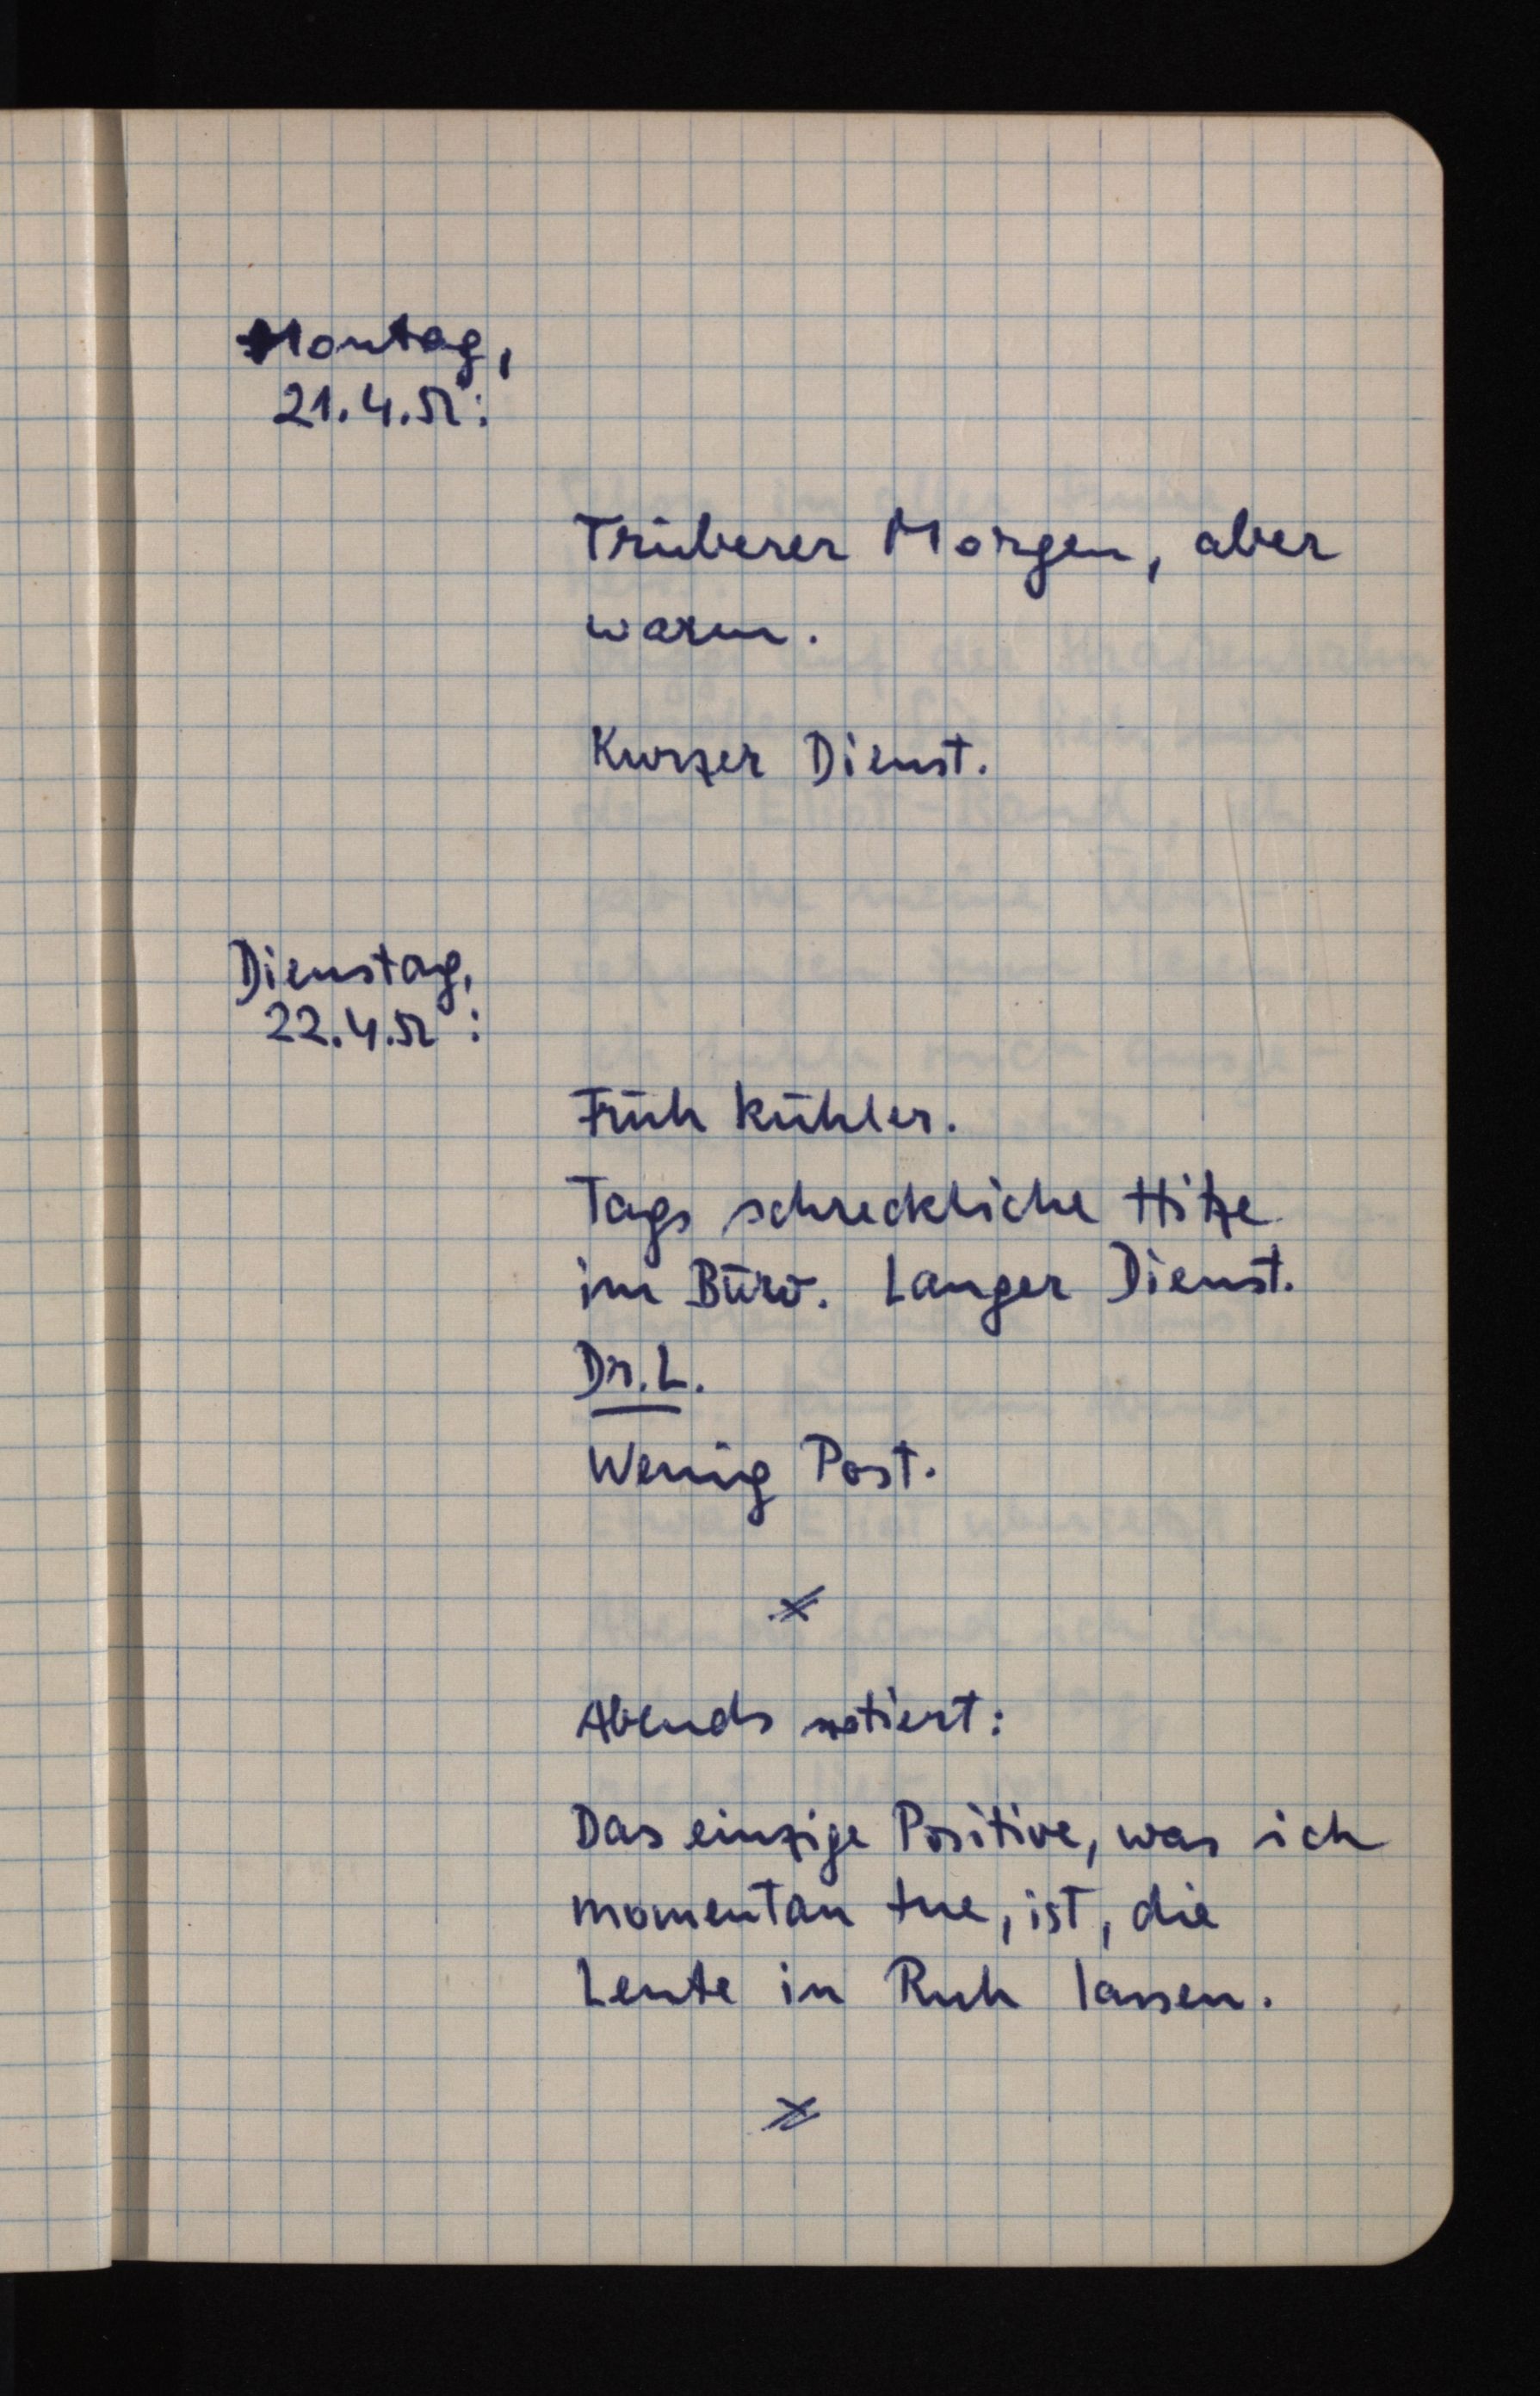
Montag,
21.4.52:
Trüberer Morgen, aber
warm.
Kurzer Dienst.
Dienstag,
22.4.52:
Früh kühler.
Tags schreckliche Hitze
im Büro. Langer Dienst.
Dr. L.
Wenig Post.
Abends notiert:
Das einzige Positive, was ich
momentan tue, ist, die
Leute in Ruh lassen.